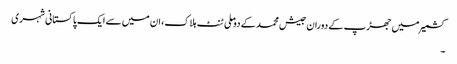
کشمیر میں جھڑپ کے دوران جیش محمد کے دو ملی ٹنٹ ہلاک، ان میں سے ایک پاکستانی شہری
۔